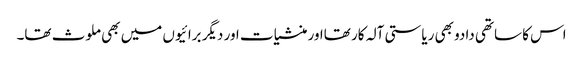
اس کا ساتھی دادو بھی ریاستی آلہ کار تھااور منشیات اور دیگر برائیوں میں بھی ملوث تھا۔